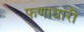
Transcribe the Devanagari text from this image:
फणाधारी